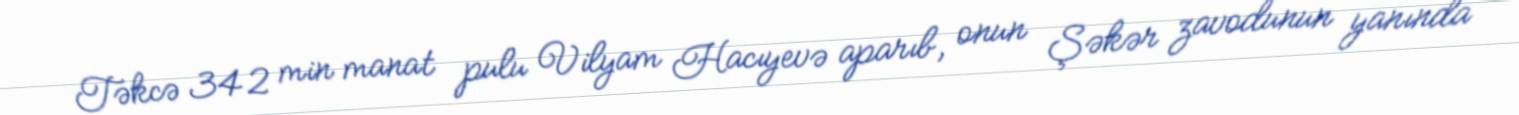
Təkcə 342 min manat pulu Vilyam Hacıyevə aparıb, onun Şəkər zavodunun yanında